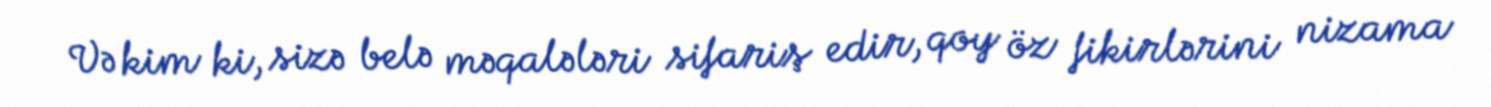
Və kim ki, sizə belə məqalələri sifariş edir, qoy öz fikirlərini nizama